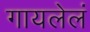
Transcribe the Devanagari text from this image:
गायलेलं